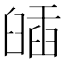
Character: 𦦈